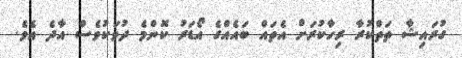
ގުރައިޝާ ތަތްކުރާ ރިހާކުރަށް އެތައް ބައެއްގެ އޯޑަރު ކޮންމެ ދުވަކުވެސް އާދެ އެވެ.